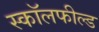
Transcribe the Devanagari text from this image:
स्कॉलफील्ड